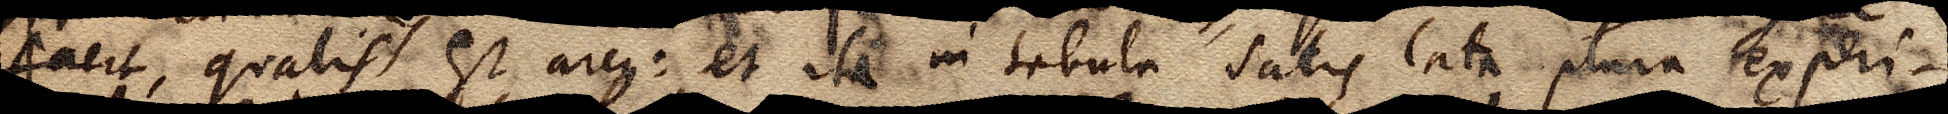
facit, qualis est arcus: et ita in tabula satis lata plura experi–